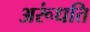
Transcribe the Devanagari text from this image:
अरूंधति